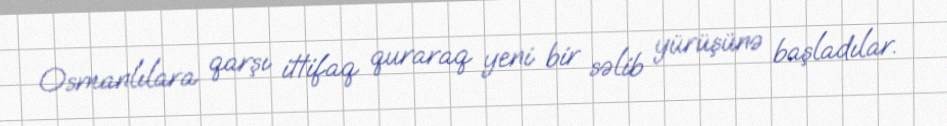
Osmanlılara qarşı ittifaq quraraq yeni bir səlib yürüşünə başladılar.